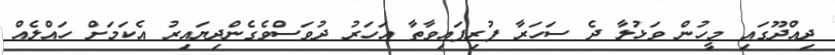
ދިއްދޫގައި މީހުން ވަޅުލާ ދެ ސަހަރާ ފުރިފައިވާތާ އަހަރު ދުވަސްވެގެންދިޔައިރު އެކަމަށް ހައްލެއް